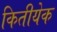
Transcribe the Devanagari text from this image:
कितीयेक